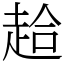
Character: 䞩